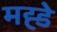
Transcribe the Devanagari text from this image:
मह्डे